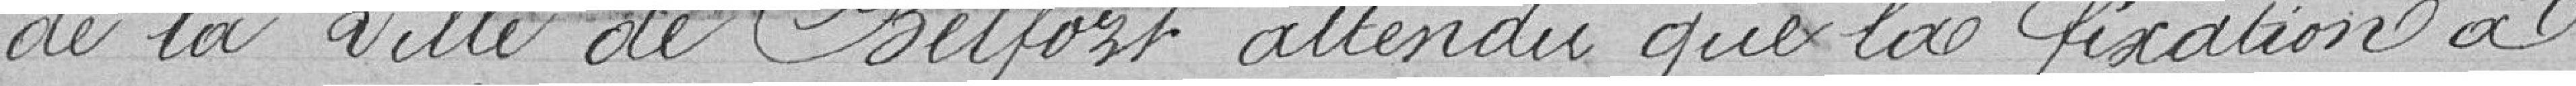
de la ville de Belfort, attendu que la fixation à